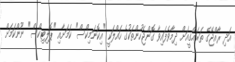
އަދި ރާއްޖޭގެ ތަރައްގީއަށް ދިމާވެފައިވާ ގޮންޖެހުންތަކުގެ ހައްލަކީ "އިކޮނަމިކްސް" ކަމަށާއި "ޕޮލިޓިކްސް" ނޫންކަމަށް